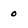
Character: 0